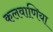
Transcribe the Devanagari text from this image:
कलवाणिया